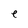
Character: e